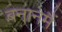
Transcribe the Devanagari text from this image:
बनानेमैं